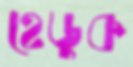
হেডুক